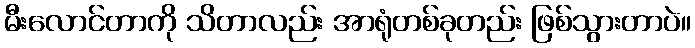
မီးလောင်တာကို သိတာလည်း အာရုံတစ်ခုတည်း ဖြစ်သွားတာပဲ။